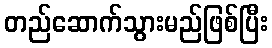
တည်ဆောက်သွားမည်ဖြစ်ပြီး